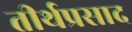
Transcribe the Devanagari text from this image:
तीर्थप्रसाद